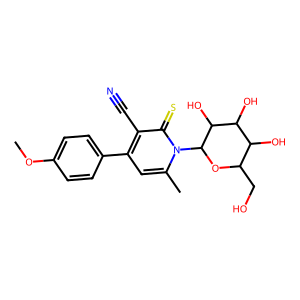
SMILES: COc1ccc(-c2cc(C)n(C3OC(CO)C(O)C(O)C3O)c(=S)c2C#N)cc1
Inhibits HIV replication: No